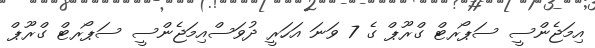
އިމަޖެންސީ ސަޕޯރޓް ގްރޫޕް ގެ 7 ވަނަ އަހަރީ ދުވަސްއިމަޖެންސީ ސަޕޯރޓް ގްރޫޕް